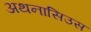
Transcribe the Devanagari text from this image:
अथनासिउस